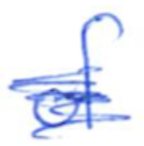
Text: of
Cross-out: scratch
Writing tool: ballpoint